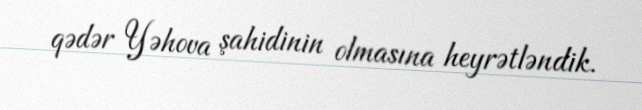
qədər Yəhova şahidinin olmasına heyrətləndik.